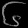
Digit: ၆